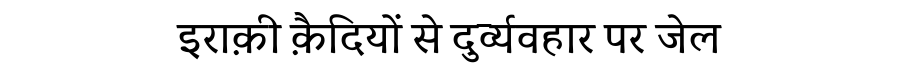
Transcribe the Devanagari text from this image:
इराक़ी क़ैदियों से दुर्व्यवहार पर जेल